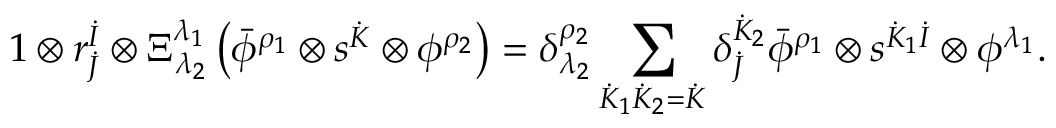
1 \otimes r _ { \dot { J } } ^ { \dot { I } } \otimes \Xi _ { \lambda _ { 2 } } ^ { \lambda _ { 1 } } \left( \bar { \phi } ^ { \rho _ { 1 } } \otimes s ^ { \dot { K } } \otimes \phi ^ { \rho _ { 2 } } \right) = \delta _ { \lambda _ { 2 } } ^ { \rho _ { 2 } } \sum _ { \dot { K } _ { 1 } \dot { K } _ { 2 } = \dot { K } } \delta _ { \dot { J } } ^ { \dot { K } _ { 2 } } \bar { \phi } ^ { \rho _ { 1 } } \otimes s ^ { \dot { K } _ { 1 } \dot { I } } \otimes \phi ^ { \lambda _ { 1 } } .